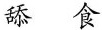
舔食